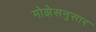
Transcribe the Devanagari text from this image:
मोझेसनुसार